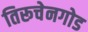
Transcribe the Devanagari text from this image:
तिरूचेनगोड